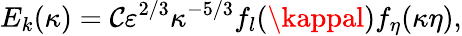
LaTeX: E_{k}(\kappa)=\mathcal{C}\varepsilon^{2/3}\kappa^{-5/3}f_{l}(\kappal)f_{\eta}(\kappa\eta),